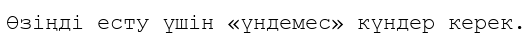
Өзіңді есту үшін «үндемес» күндер керек.